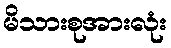
မိသားစုအားလုံး